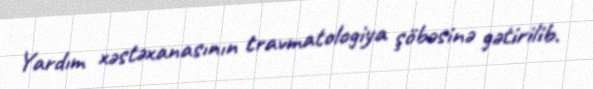
Yardım xəstəxanasının travmatologiya şöbəsinə gətirilib.